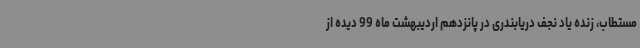
مستطاب، زنده یاد نجف دریابندری در پانزدهم اردیبهشت ماه 99 دیده از